Note on the mental hospitals in Burma - 1925-1940
Year: 1925
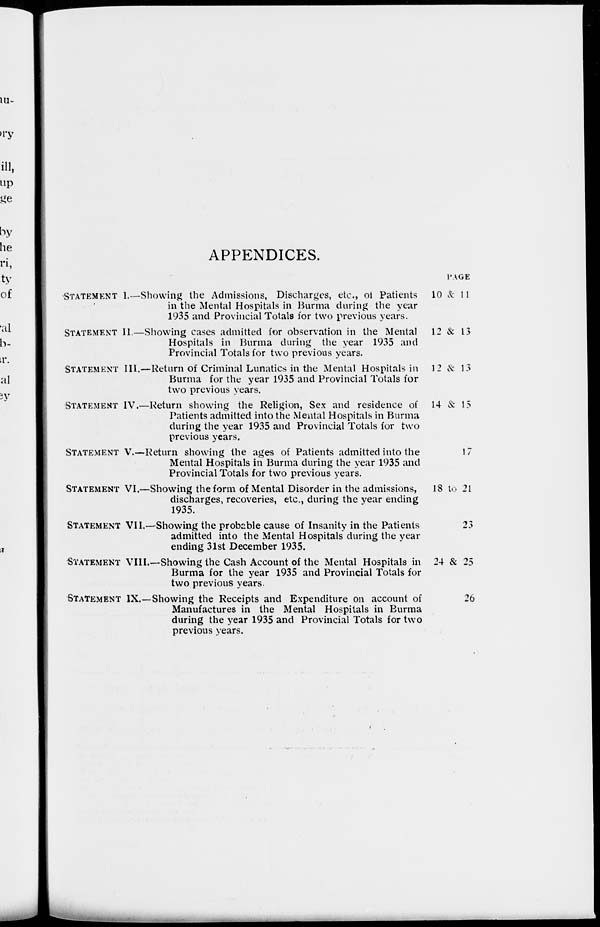
APPENDICES.
STATEMENT
I.—
STATEMENT II —
STATEMENT III.—
STATEMENT
IV. —
STATEMENT
V.—
STATEMENT VI. —
STATEMENT VII.—
STATEMENT VIII.—
STATEMENT IX.—
Showing the Admissions, Discharges, etc., of Patients
in the Mental Hospitals in Burma during the year
1935 and Provincial Totals for two previous years.
Showing cases admitted for observation in the Mental
Hospitals in Burma during the year 1935 and
Provincial Totals for two previous years.
Return of Criminal Lunatics in the Mental Hospitals in
Burma for the year 1935 and Provincial Totals for
two previous years.
Return showing the Religion, Sex and residence of
Patients admitted into the Mental Hospitals in Burma
during the year 1935 and Provincial Totals for two
previous years.
Return showing the ages of Patients admitted into the
Mental Hospitals in Burma during the year 1935 and
Provincial Totals for two previous years.
Showing the form of Mental Disorder in the admissions,
discharges, recoveries, etc., during the year ending
1935.
Showing the probable cause of Insanity in the Patients
admitted into the Mental Hospitals during the year
ending 31st December 1935.
Showing the Cash Account of the Mental Hospitals in
Burma for the year 1935 and Provincial Totals for
two previous years.
Showing the Receipts and Expenditure on account of
Manufactures in the Mental Hospitals in Burma
during the year 1935 and Provincial Totals for two
previous years.
PAGE
10 & 11
12 & 13
12 & 13
14 & 13
17
18 to 21
23
24 & 25
26